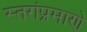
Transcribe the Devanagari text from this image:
स्तरांप्रमाणे